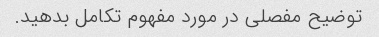
توضیح مفصلی در مورد مفهوم تکامل بدهید.